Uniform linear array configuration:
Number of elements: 8
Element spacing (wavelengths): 1
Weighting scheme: cosine
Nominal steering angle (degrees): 0
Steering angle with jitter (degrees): -1.398
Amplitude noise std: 0.05
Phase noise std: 0.05

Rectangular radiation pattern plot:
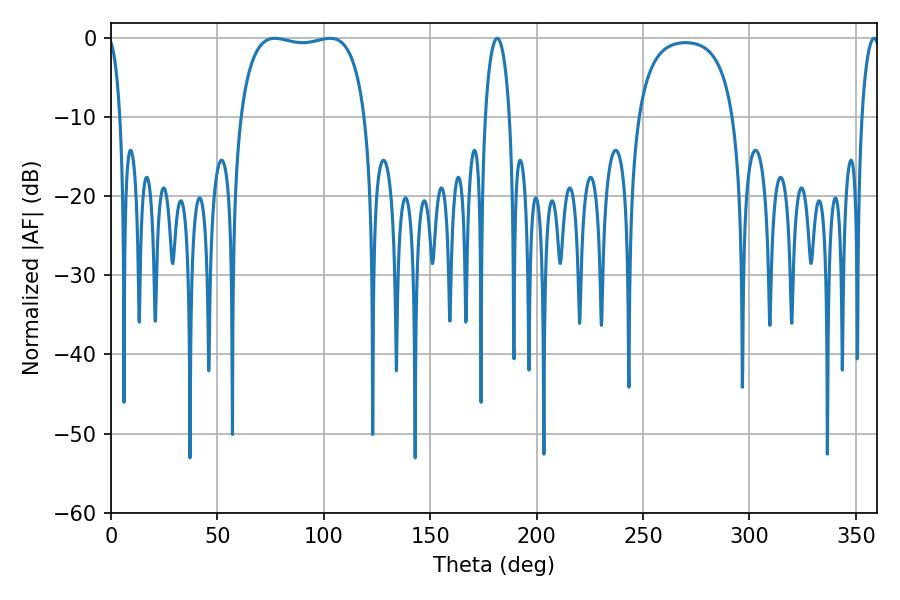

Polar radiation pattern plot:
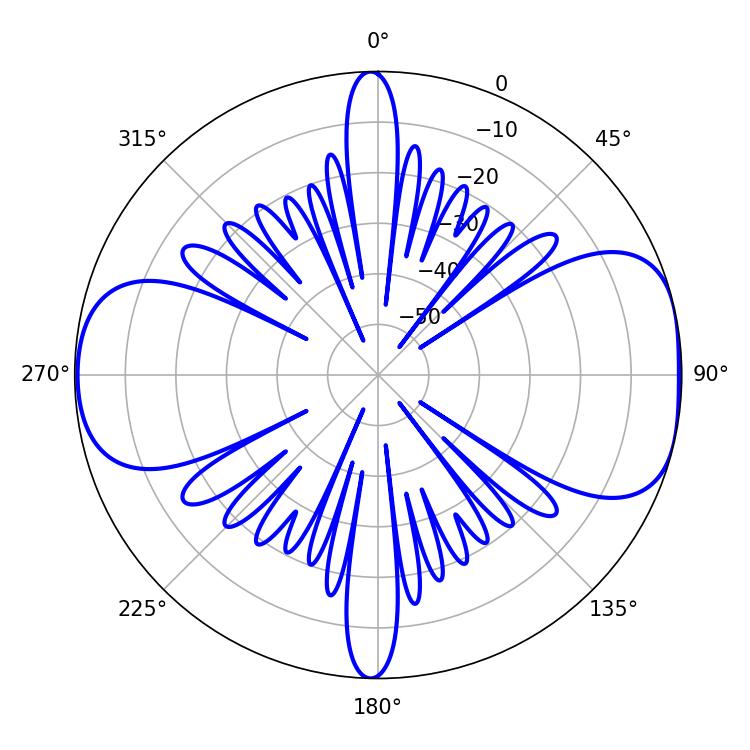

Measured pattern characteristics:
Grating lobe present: TRUE
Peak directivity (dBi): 8.285
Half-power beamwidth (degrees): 47.16
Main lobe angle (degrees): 77.04